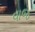
વાજ